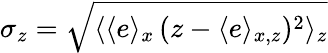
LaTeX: \sigma_{z}=\sqrt{\langle\langle e\rangle_{x}\, (z-\langle e\rangle_{x,z})^{2}\rangle_{z}}